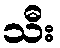
သီး